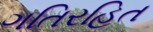
ગતિરહિત